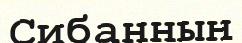
Сибанның